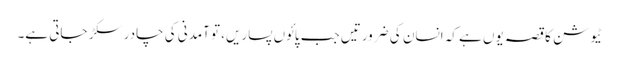
ٹیوشن کا قصہ یوں ہے کہ انسان کی ضرورتیں جب پائوں پساریں، تو آمدنی کی چادر سکڑ جاتی ہے۔